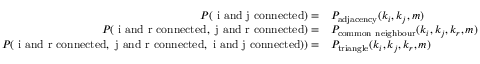
\begin{array} { r l } { P ( \mathrm { ~ i ~ a n d ~ j ~ c o n n e c t e d } ) = } & { P _ { \mathrm { a d j a c e n c y } } ( k _ { i } , k _ { j } , m ) } \\ { P ( \mathrm { ~ i ~ a n d ~ r ~ c o n n e c t e d } , \mathrm { ~ j ~ a n d ~ r ~ c o n n e c t e d } ) = } & { P _ { \mathrm { c o m m o n ~ n e i g h b o u r } } ( k _ { i } , k _ { j } , k _ { r } , m ) } \\ { P ( \mathrm { ~ i ~ a n d ~ r ~ c o n n e c t e d } , \mathrm { ~ j ~ a n d ~ r ~ c o n n e c t e d } , \mathrm { ~ i ~ a n d ~ j ~ c o n n e c t e d } ) ) = } & { P _ { \mathrm { t r i a n g l e } } ( k _ { i } , k _ { j } , k _ { r } , m ) } \end{array}